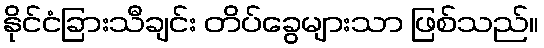
နိုင်ငံခြားသီချင်း တိပ်ခွေများသာ ဖြစ်သည်။